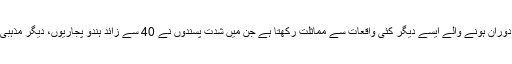
اگرچہ کسی تنظیم نے اس واقعے کی ذمہ داری قبول نہیں کی مگر یہ واقعہ گزشتہ چند ماہ کے دوران ہونے والے ایسے دیگر کئی واقعات سے مماثلت رکھتا ہے جن میں شدت پسندوں نے 40 سے زائد ہندو پجاریوں، دیگر مذہبی اقلیتوں سے تعلق رکھنے والے افراد اور لبرل نظریات کے حامل سرگرم کارکنوں کو ہلاک کیا۔